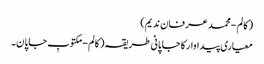
( کالم - محمد عرفان ندیم)
معیاری پیداوار کا جاپانی طریقہ ( کالم - مکتوبِ جاپان۔